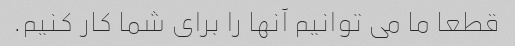
قطعا ما می توانیم آنها را برای شما کار کنیم.